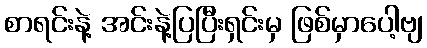
စာရင်းနဲ့ အင်းနဲ့ပြပြီးရှင်းမှ ဖြစ်မှာပေါ့ဗျ